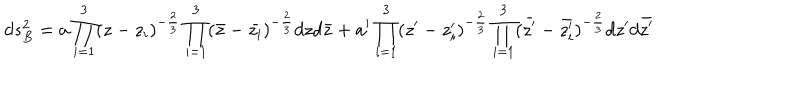
d s _ { B } ^ { 2 } = a \prod _ { i = 1 } ^ { 3 } ( z - z _ { i } ) ^ { - \frac { 2 } { 3 } } \prod _ { i = 1 } ^ { 3 } ( \bar { z } - \bar { z _ { i } } ) ^ { - \frac { 2 } { 3 } } d z d \bar { z } + a ^ { \prime } \prod _ { i = 1 } ^ { 3 } ( z ^ { \prime } - z _ { i } ^ { \prime } ) ^ { - \frac { 2 } { 3 } } \prod _ { i = 1 } ^ { 3 } ( \bar { z ^ { \prime } } - \bar { z _ { i } ^ { \prime } } ) ^ { - \frac { 2 } { 3 } } d z ^ { \prime } d \bar { z ^ { \prime } }